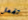
تفعل